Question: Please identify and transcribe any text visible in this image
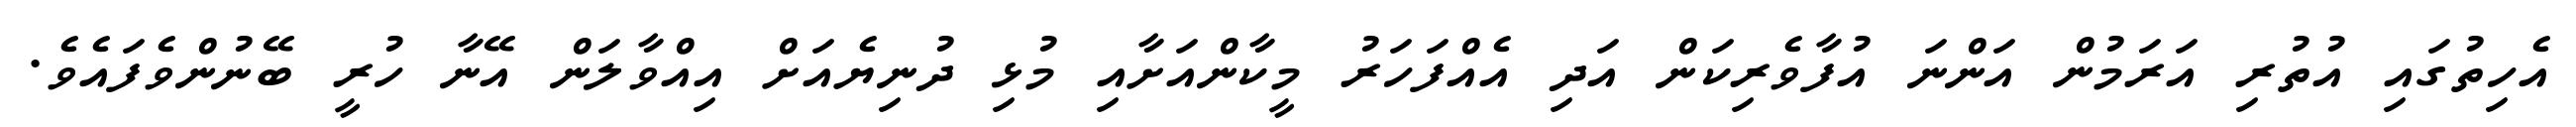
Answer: އެހިތުގައި އުތުރި އަރަމުން އަންނަ އުފާވެރިކަން އަދި އެއްފަހަރު މީކާންއަށާއި މުޅި ދުނިޔެއަށް އިއްވާލަން އޭނާ ހުރީ ބޭނުންވެފައެވެ.